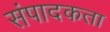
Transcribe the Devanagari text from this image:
संपादकता